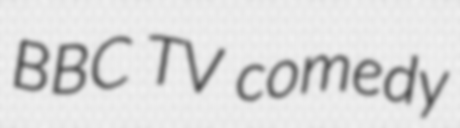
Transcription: BBC TV comedy